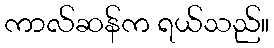
ကာလ်ဆန်က ရယ်သည်။